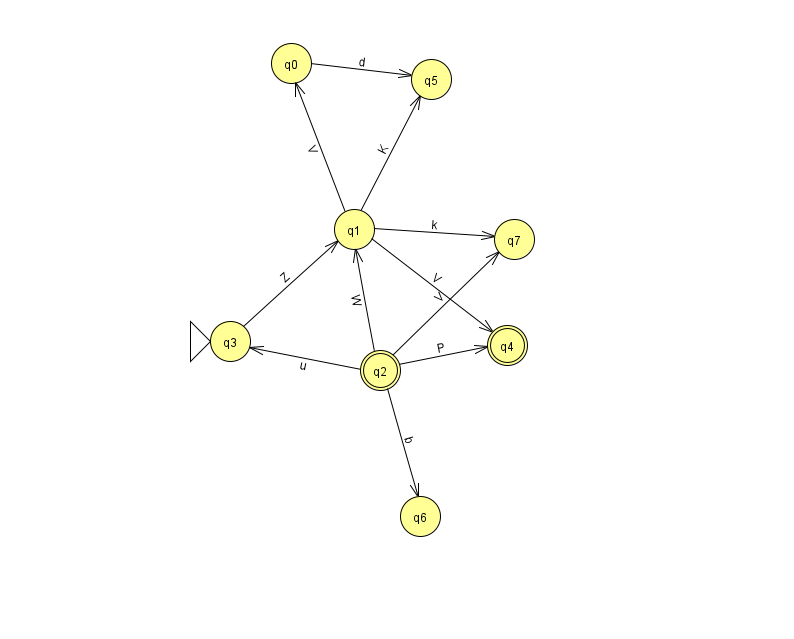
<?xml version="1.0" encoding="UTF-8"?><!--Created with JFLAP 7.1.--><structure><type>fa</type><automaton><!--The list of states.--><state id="0" name="q0"><x>291.0</x><y>50.0</y></state><state id="1" name="q1"><x>354.0</x><y>216.0</y></state><state id="2" name="q2"><x>380.0</x><y>357.0</y><final/></state><state id="3" name="q3"><x>230.0</x><y>328.0</y><initial/></state><state id="4" name="q4"><x>507.0</x><y>332.0</y><final/></state><state id="5" name="q5"><x>431.0</x><y>66.0</y></state><state id="6" name="q6"><x>420.0</x><y>503.0</y></state><state id="7" name="q7"><x>514.0</x><y>226.0</y></state><!--The list of transitions.--><transition><from>3</from><to>1</to><read>Z</read></transition><transition><from>0</from><to>5</to><read>d</read></transition><transition><from>2</from><to>3</to><read>u</read></transition><transition><from>1</from><to>4</to><read>V</read></transition><transition><from>1</from><to>5</to><read>K</read></transition><transition><from>1</from><to>7</to><read>k</read></transition><transition><from>2</from><to>1</to><read>W</read></transition><transition><from>2</from><to>4</to><read>P</read></transition><transition><from>2</from><to>7</to><read>V</read></transition><transition><from>1</from><to>0</to><read>V</read></transition><transition><from>2</from><to>6</to><read>b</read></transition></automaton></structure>